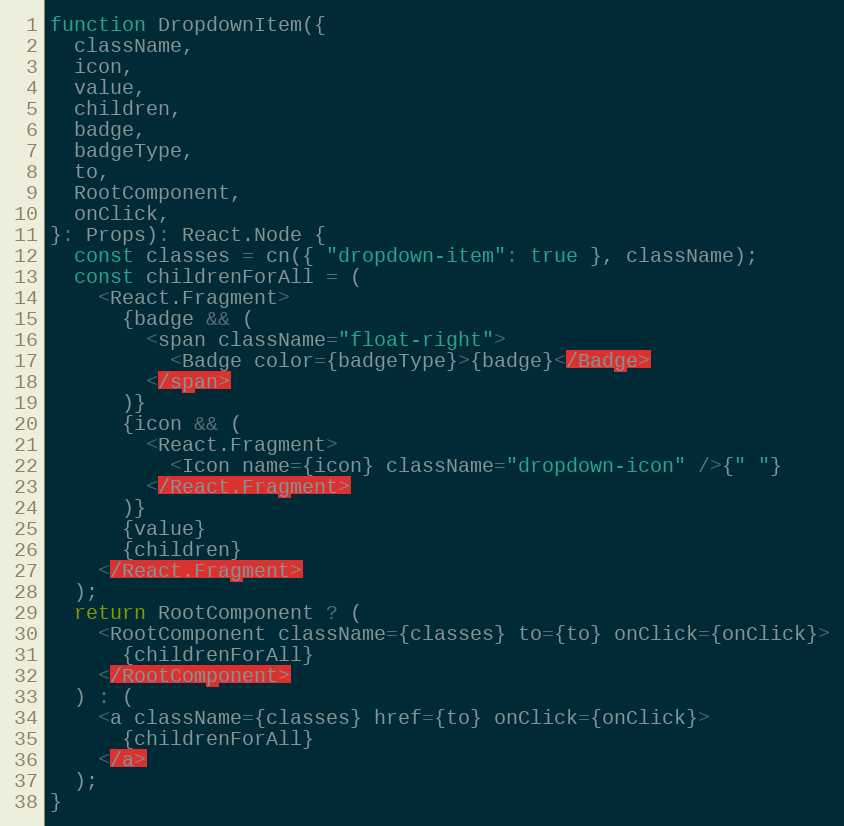
Language: JavaScript
function DropdownItem({
  className,
  icon,
  value,
  children,
  badge,
  badgeType,
  to,
  RootComponent,
  onClick,
}: Props): React.Node {
  const classes = cn({ "dropdown-item": true }, className);
  const childrenForAll = (
    <React.Fragment>
      {badge && (
        <span className="float-right">
          <Badge color={badgeType}>{badge}</Badge>
        </span>
      )}
      {icon && (
        <React.Fragment>
          <Icon name={icon} className="dropdown-icon" />{" "}
        </React.Fragment>
      )}
      {value}
      {children}
    </React.Fragment>
  );
  return RootComponent ? (
    <RootComponent className={classes} to={to} onClick={onClick}>
      {childrenForAll}
    </RootComponent>
  ) : (
    <a className={classes} href={to} onClick={onClick}>
      {childrenForAll}
    </a>
  );
}